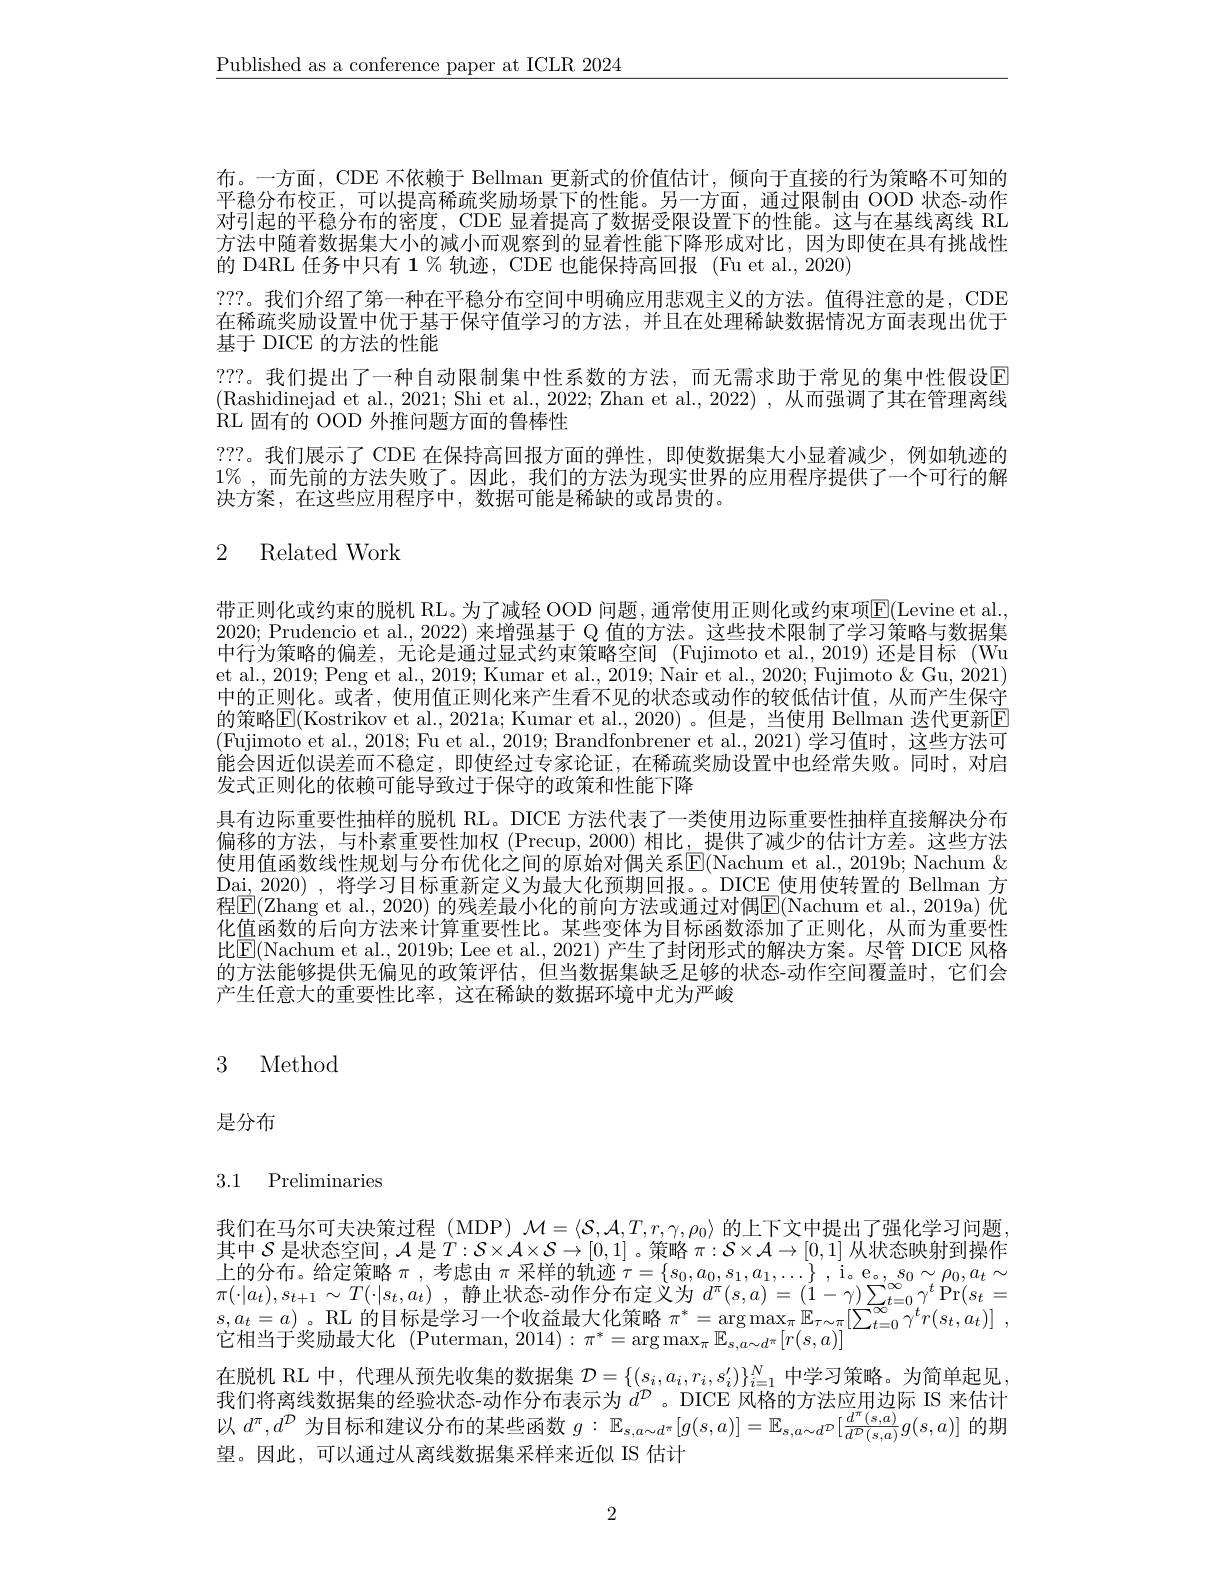
$\underline{\text{Published as a conference paper at ICLR 2024}}$

布。一方面，CDE 不依赖于 Bellman 更新式的价值估计，倾向于直接的行为策略不可知的平稳分布校正，可以提高稀疏奖励场景下的性能。另一方面，通过限制由 OOD 状态-动作对引起的平稳分布的密度，CDE 显着提高了数据受限设置下的性能。这与在基线离线 RL 方法中随着数据集大小的减小而观察到的显着性能下降形成对比，因为即使在具有挑战性的 D4RL 任务中只有 1 % 轨迹，CDE 也能保持高回报 (Fu et al., 2020)
???。我们介绍了第一种在平稳分布空间中明确应用悲观主义的方法。值得注意的是，CDE 在稀疏奖励设置中优于基于保守值学习的方法，并且在处理稀缺数据情况方面表现出优于基于 DICE 的方法的性能
???。我们提出了一种自动限制集中性系数的方法，而无需求助于常见的集中性假设$\color{red}{\mathrm{E}}$ (Rashidinejad et al., 2021; Shi et al., 2022; Zhan et al., 2022) , 从而强调了其在管理离线RL 固有的 OOD 外推问题方面的鲁棒性
???。我们展示了 CDE 在保持高回报方面的弹性，即使数据集大小显着减少，例如轨迹的$1\%$,而先前的方法失败了。因此，我们的方法为现实世界的应用程序提供了一个可行的解决方案，在这些应用程序中，数据可能是稀缺的或昂贵的。

# 2 Related Work

带正则化或约束的脱机 RL。为了减轻 OOD 问题，通常使用正则化或约束项E(Levine et al. 2020; Prudencio et al., 2022) 来增强基于 Q 值的方法。这些技术限制了学习策略与数据集中行为策略的偏差，无论是通过显式约束策略空间 (Fujimoto et al.,2019) 还是目标 (Wu et al., 2019; Peng et al., 2019; Kumar et al., 2019; Nair et al., 2020; Fujimoto & Gu, 2021) 中的正则化。或者，使用值正则化来产生看不见的状态或动作的较低估计值，从而产生保守的策略$\mathbb{E}($Kostrikov et al., 2021a; Kumar et al., 2020) 。但是，当使用 Bellman 迭代更新$\mathbb{E}$ (Fujimoto et al., 2018; Fu et al., 2019; Brandfonbrener et al., 2021) 学习值时，这些方法可能会因近似误差而不稳定，即使经过专家论证，在稀疏奖励设置中也经常失败。同时，对启发式正则化的依赖可能导致过于保守的政策和性能下降
具有边际重要性抽样的脱机 RL。DICE 方法代表了一类使用边际重要性抽样直接解决分布偏移的方法，与朴素重要性加权(Precup,2000)相比，提供了减少的估计方差。这些方法使用值函数线性规划与分布优化之间的原始对偶关系$\overline{\mathrm{E}}($Nachum et al., 2019b; Nachum & Dai, 2020) , 将学习目标重新定义为最大化预期回报。。DICE 使用使转置的 Bellman 方程$\boxed{\mathrm{E}}($Zhang et al., 2020) 的残差最小化的前向方法或通过对偶$\boxed{\mathrm{E}}($Nachum et al.,2019a)优化值函数的后向方法来计算重要性比。某些变体为目标函数添加了正则化，从而为重要性比$\boxed{\mathrm{E}}($Nachum et al., 2019b; Lee et al., 2021) 产生了封闭形式的解决方案。尽管 DICE 风格的方法能够提供无偏见的政策评估，但当数据集缺乏足够的状态-动作空间覆盖时，它们会产生任意大的重要性比率，这在稀缺的数据环境中尤为严峻

# 3 Method

是分布

# 3.1 Preliminaries

我们在马尔可夫决策过程 (MDP) $\mathcal{M}=\langle\mathcal{S},\mathcal{A},T,r,\gamma,\rho_0\rangle$的上下文中提出了强化学习问题其中$\mathcal{S}$是状态空间，$\mathcal{A}$是$T:\mathcal{S}\times\mathcal{A}\times\mathcal{S}\to[0,1]$ 。策略$\pi:\mathcal{S}\times\mathcal{A}\to[0,1]$从状态映射到操作上的分布。给定策略$\pi$,考虑由$\pi$采样的轨迹$\tau=\{s_0,a_0,s_1,a_1,\ldots\}$ , i。e。$s_0\sim\rho_0,a_t\sim$ $\pi ( \cdot | a_{t}) , s_{t+ 1}\sim T( \cdot | s_{t}, a_{t})$ ,静止状态-动作分布定义为$d^\pi(s,a)=(1-\gamma)\sum_{t=0}^{\infty}\gamma^{t}\Pr(s_{t}=$ $\begin{array}{c}s,a_{t}=a)\text{。RL 的目标是学习一个收益最大化策略 }\pi^*=\arg\max_{\pi}\mathbb{E}_{\tau\sim\pi}[\sum_{t=0}^{\infty}\gamma^tr(s_t,a_t)]\end{array}$, 它相当于奖励最大化 (Puterman, 2014): $\pi^*=\arg\max_{\pi}\mathbb{E}_{s,a\sim d^{\pi}}[r(s,a)]$
在脱机 RL 中，代理从预先收集的数据集$\mathcal{D}=\{(s_i,a_i,r_i,s_i^{\prime})\}_{i=1}^N$中学习策略。为简单起见我们将离线数据集的经验状态-动作分布表示为$d^{\mathcal{D}}$ 。DICE 风格的方法应用边际 IS 来估计以$d^\pi,d^{\mathcal{D}}$为目标和建议分布的某些函数$g:\mathbb{E}_s,a\sim d^{\pi}\left[g(s,a)\right]=\mathbb{E}_{s,a\sim d^{\mathcal{D}}}[\frac{d^{\pi}(s,a)}{d^{\mathcal{P}}(s,a)}g(s,a)]$的期望。因此，可以通过从离线数据集采样来近似 IS 估计

2